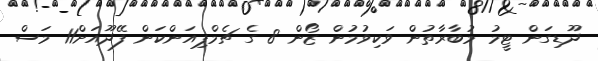
ދޫޑިގަން ޓީމު މުބާރާތުން ވަކިވުމުން ޒޯން 8 ގެ ޗެމްޕިއަންކަން ފޭދޫއަށް11 މަސް